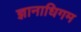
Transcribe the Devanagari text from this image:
ज्ञानाधिगम